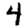
Digit: 4